Report on vaccination North-West Frontier Province 1904-1922 - 1904-1922
Year: 1904
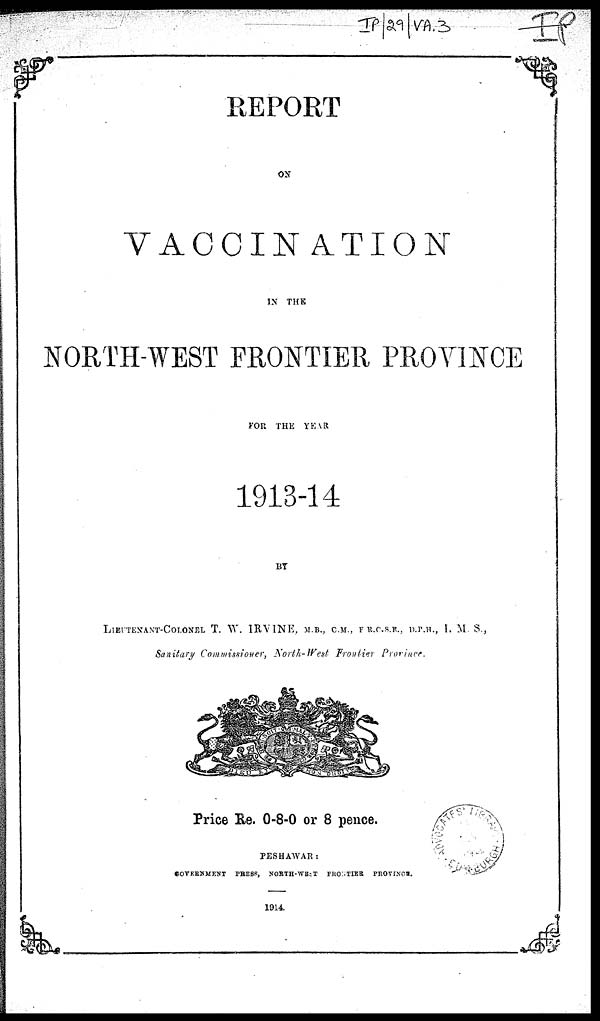
REPORT
ON
VACCINATION
IN THE
NORTH-WEST FRONTIER PROVINCE
FOR THE YEAR
1913-14
BY
LIEUTENANT-COLONEL T. W. IRVINE, M.B., C.M., F R.C.S.E. D.P.H., I. M S.,
Sanitary Commissioner, North-West
Frontier
Province.
Price Re. 0-8-0 or 8 pence.
PESHAWAR :
GOVERNMENT
PRESS, NORTH-WEST
FRONTIER
PROVINCE.
1914.